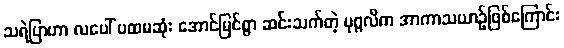
သရဲပြာဟာ လပေါ် ပထမဆုံး အောင်မြင်စွာ ဆင်းသက်တဲ့ ပုဂ္ဂလိက အာကာသယာဉ်ဖြစ်ကြောင်း